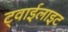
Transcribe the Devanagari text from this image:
ट्वाईलाइट